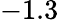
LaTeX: -1.3